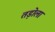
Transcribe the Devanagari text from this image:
तड़ोला